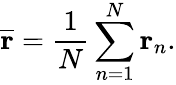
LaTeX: \overline{{\mathbf{r}}}=\frac{1}{N}\sum_{n=1}^{N}\mathbf{r}_{n}.